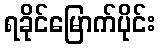
ရခိုင်မြောက်ပိုင်း